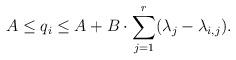
LaTeX: \begin{align*}A\leq q_i\leq A+B\cdot \sum_{j=1}^r(\lambda_j-\lambda_{i,j}).\end{align*}